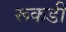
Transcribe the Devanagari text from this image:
रूकडी